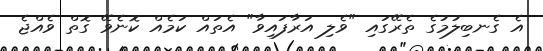
އެ ގެނބިލުމުގެ ތެރޭގައި "ވެލި އަރާފައިވާ" އެތައް ކަމެއް ކޮނެވޭ ގޮތް ވެއްޖެ